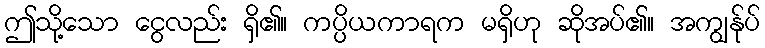
ဤသို့သော ငွေလည်း ရှိ၏။ ကပ္ပိယကာရက မရှိဟု ဆိုအပ်၏။ အကျွန်ုပ်